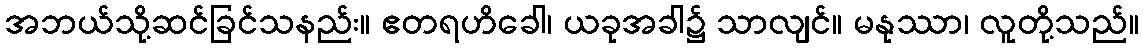
အဘယ်သို့ဆင်ခြင်သနည်း။ ဧတရဟိခေါ၊ ယခုအခါ၌ သာလျင်။ မနုဿာ၊ လူတို့သည်။